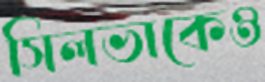
সিলভাকেও